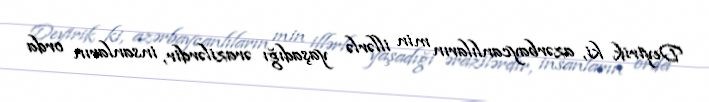
Deyirik ki, azərbaycanlıların min illərlə yaşadığı ərazilərdir, insanların orda